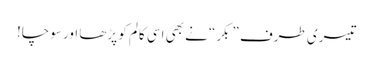
تیسری طرف ”بکر“ نے بھی اسی کالم کو پڑھا اور سوچا!